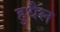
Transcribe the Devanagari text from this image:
हुधैल